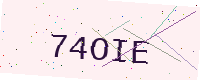
Text: 74OIE